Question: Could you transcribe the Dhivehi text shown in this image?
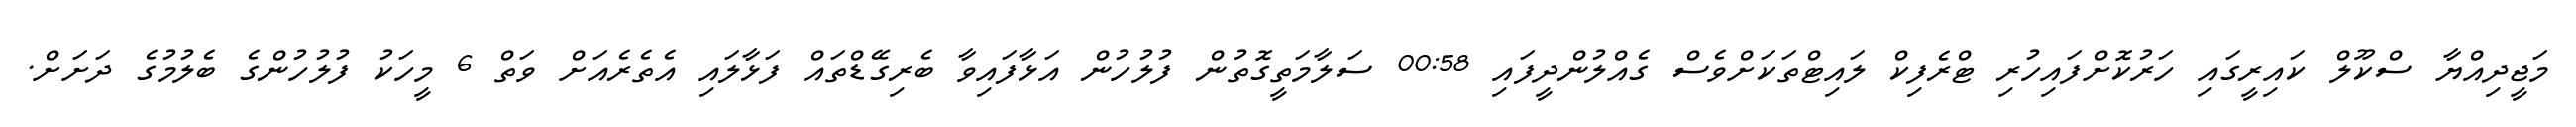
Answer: މަޖީދިއްޔާ ސްކޫލް ކައިރީގައި ހަރުކޮށްފައިހުރި ޓްރެފިކް ލައިޓްތަކަށްވެސް ގެއްލުންދީފައި 00:58 ސަލާމަތީގޮތުން ފުލުހުން އަޅާފައިވާ ބެރިގޭޑްތައް ފަޅާލައި އެތެރެއަށް ވަތް 6 މީހަކު ފުލުހުންގެ ބެލުމުގެ ދަށަށް.